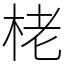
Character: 栳